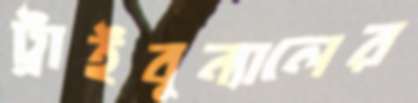
ট্রাইবুন্যালের